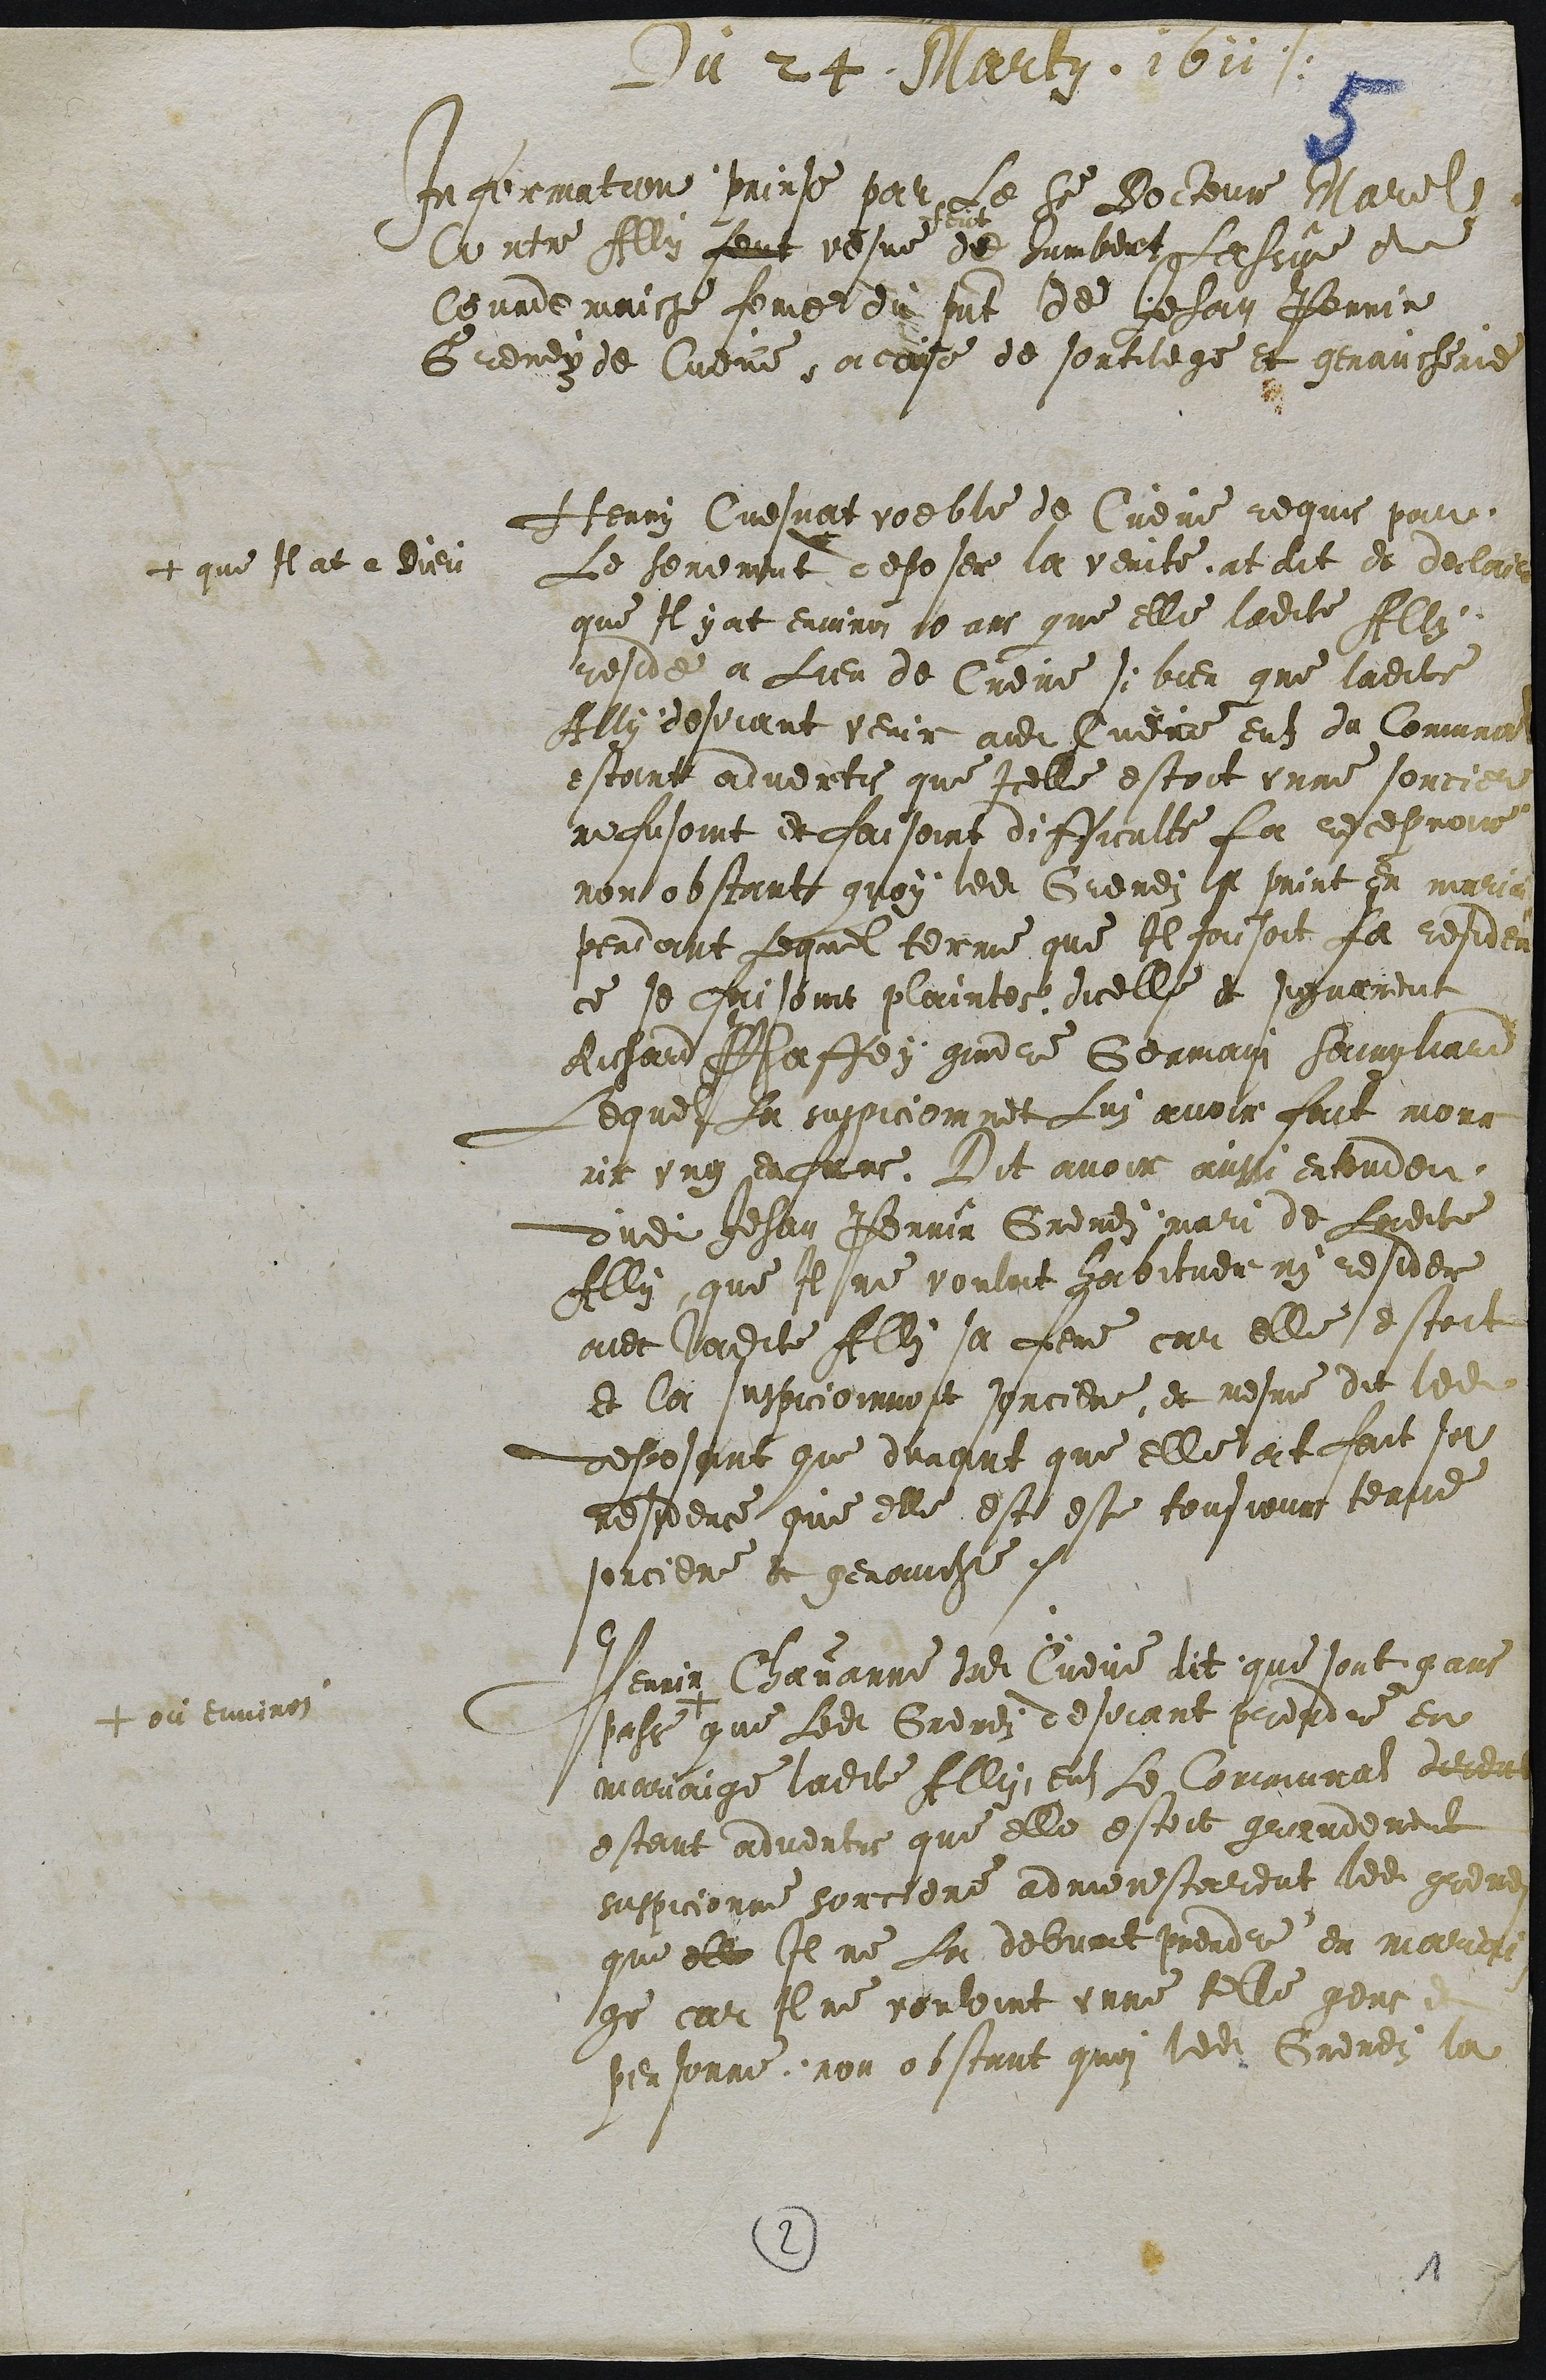
Du 24 Marty 1611
Information prinse par Le Sieur Docteur Marel
Contre Ally feut vesve de
feut
Humbert Lassue de
Courdemaiche feme du present de Jehan Perrin
Gremey de Cueve, accuse de sortilege et genaucherie
Henry Cuesnat voeble de Cueve requis par
Le serment +
+ que Il at a Dieu
depose la verite, at dit et declaire
que Il y at environ 10 ans que elle ladite Ally
reside a Lieu de Cueve si bien que ladite
Ally desirant venir audit Cueve euls du Communal
estoint advertis que Icelle estoit unne sorciere
refusoint et faisoint difficulte  La recepvoir
non obstant quoy   ledit Gremey la print en mariage
pendant Lequel terme que Il faisoit sa residen
ce se faisoint plaintes dicelle et signament
Richard Phaffey  gindre Germain Saingliard
Lequel La suspicioinnet  Lui avoir fait mour
rir ung enfans. Dit avoir aussi entendeu
dudit Jehan Perrin Gremey mari de Ladite
Ally que Il ne vouloit habituer ny resider
avec ladite Ally sa feme car elle estoit
et la suspicioinnoit sorciere, et mesme dit ledit
deposant que durant que elle ait fait sa
residence que elle est este tousjours tenue
sorciere et genauche.
Perrin Chavanne dudit Cueve dit que sont 9 ans
passe +
+ ou environ
que Ledit Gremey desirant prendre en
mariaige ladite Ally, euls le Communal dirent
estant advertis que elle estoit grandement
suspicionne sorciere admonestarent ledit gremey
que elle Il ne La debvoit prendre en mariai-
ge car Il ne vouloint unne telle gens et
personne, non obstant quoi ledit Gremey la

2
1